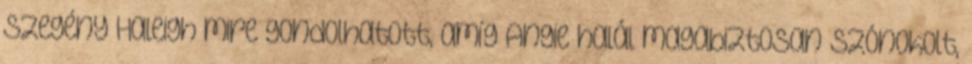
Szegény Haleigh mire gondolhatott, amíg Angie halál magabiztosan szónokolt,